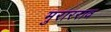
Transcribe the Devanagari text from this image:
मुरारराव